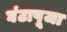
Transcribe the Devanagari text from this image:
घंटापूजा